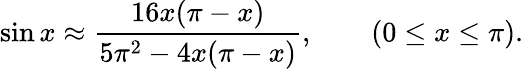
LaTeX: \sin x\approx{\frac{16x(\pi-x)}{5\pi^{2}-4x(\pi-x)}},\qquad\left(0\leq x\leq\pi\right).